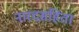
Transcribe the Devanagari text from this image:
नारदसंहिता